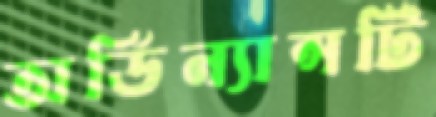
অর্ডিন্যান্সটি